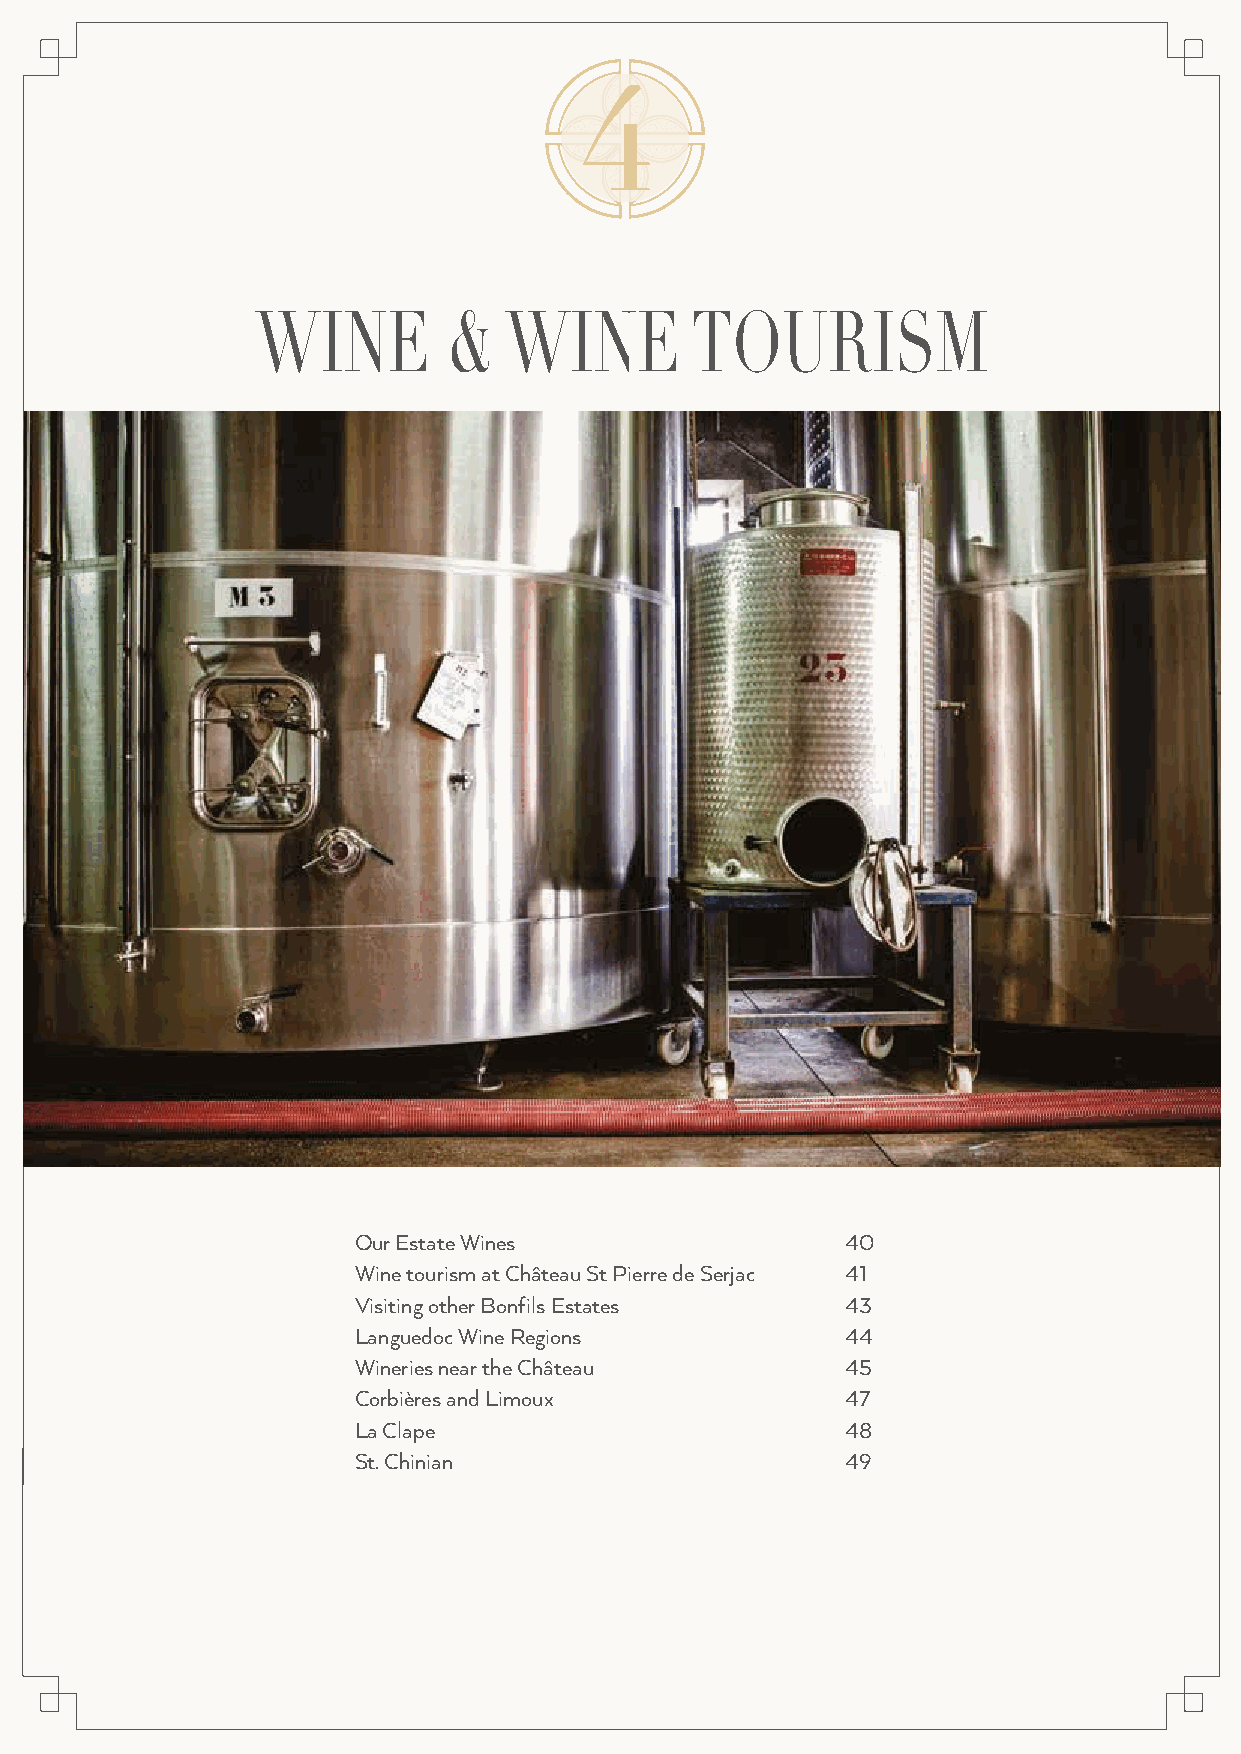
4
 WINE         &  WINE         TOURISM
 Our Estate Wines                 40
 Wine tourism at Château St Pierre de Serjac 41
 Visiting other Bonfils Estates   43
 Languedoc Wine Regions           44
 Wineries near the Château        45
 Corbières and Limoux             47
 La Clape                         48
 St. Chinian                      49